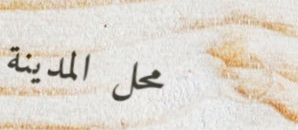
محل المدينة